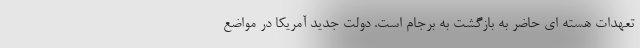
تعهدات هسته ای حاضر به بازگشت به برجام است. دولت جدید آمریکا در مواضع